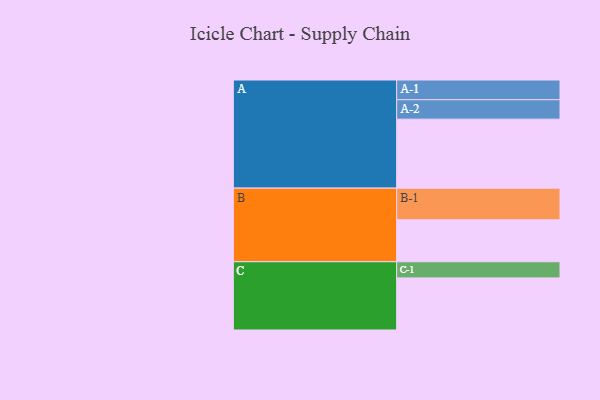
{"axis": {"x": "Segment", "y": "Value"}, "legend": ["", "A", "B", "C"], "data": [{"x": "A", "y": 571, "type": ""}, {"x": "B", "y": 347, "type": ""}, {"x": "C", "y": 431, "type": ""}, {"x": "A-1", "y": 163, "type": "A"}, {"x": "A-2", "y": 161, "type": "A"}, {"x": "B-1", "y": 262, "type": "B"}, {"x": "C-1", "y": 134, "type": "C"}]}